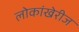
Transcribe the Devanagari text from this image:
लोकांखेरीज